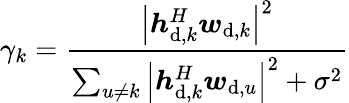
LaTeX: \gamma_{k}=\frac{{{{\left|{{\boldsymbol{h}}_{\mathrm{{d}},k}^{H}{\boldsymbol{w}_{{\mathrm{d}},k}}}\right|}^{2}}}}{{\sum_{u\ne k}{{{\left|{\boldsymbol{h}_{\mathrm{{d}},k}^{H}{\boldsymbol{w}_{{\mathrm{d}},u}}}\right|}^{2}}}+{\sigma^{2}}}}